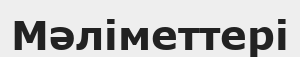
Мәліметтері